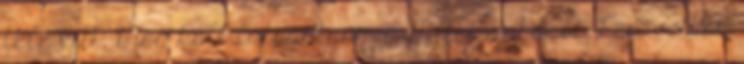
felé vitt. Meg kell látogatnom a Mitosz-shopot. Persze sok